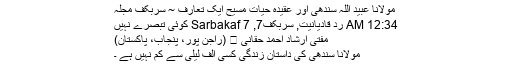
مولانا عبید اللہ سندھی اور عقیدہ حیات مسیح ایک تعارف ~ سربکف مجلہ
12:34 AM رد قادیانیت, سربکف7, Sarbakaf 7 کوئی تبصرے نہیں
مفتی ارشاد احمد حقانی ﷾ (راجن پور، پنجاب، پاکستان)
مولانا سندھیؒ کی داستان زندگی کسی الف لیلیٰ سے کم نہیں ہے ۔